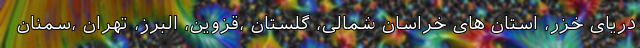
دریای خزر، استان های خراسان شمالی، گلستان ،قزوین، البرز، تهران ،سمنان